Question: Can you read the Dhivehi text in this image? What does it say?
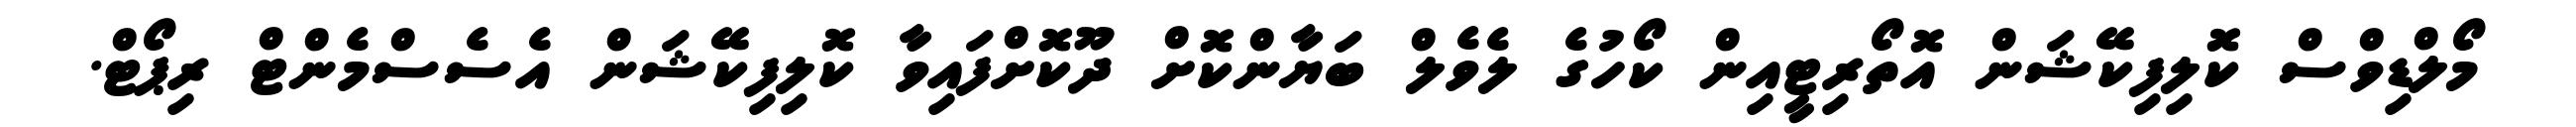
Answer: މޯލްޑިވްސް ކޮލިފިކޭޝަން އޮތޯރިޓީއިން ކޯހުގެ ލެވެލް ބަޔާންކޮށް ދޫކޮށްފައިވާ ކޮލިފިކޭޝަން އެސެސްމެންޓް ރިޕޯޓް.